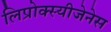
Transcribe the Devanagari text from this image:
लिप्रोक्स्यीजेनेस